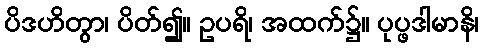
ပိဒဟိတွာ၊ ပိတ်၍။ ဥပရိ၊ အထက်၌။ ပုပ္ဖဒါမာနိ၊